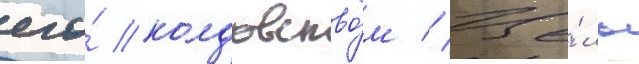
его́ колдовство́м // Це́ль